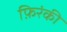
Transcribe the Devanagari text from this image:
फ़िरंकी